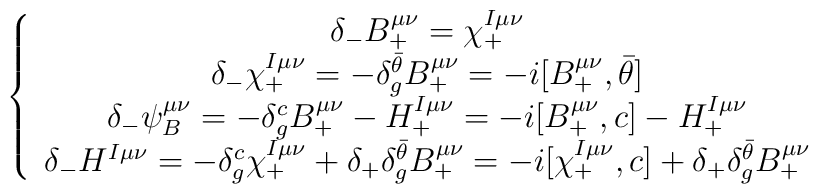
\left\{\begin{array}{c}\delta_-B_+^{\mu\nu}=\chi^{I\mu\nu}_+\\\delta_-\chi^{I\mu\nu}_+=-\delta^{\bar{\theta}}_gB_+^{\mu\nu}=-i[B^{\mu\nu}_+,{\bar{\theta}}]\\\delta_-\psi_B^{\mu\nu}=-\delta^c_gB_+^{\mu\nu}-H^{I\mu\nu}_+=-i[B^{\mu\nu}_+,c]-H^{I\mu\nu}_+\\\delta_-H^{I\mu\nu}=-\delta^c_g\chi^{I\mu\nu}_++\delta_+\delta^{\bar{\theta}}_gB_+^{\mu\nu}=-i[\chi^{I\mu\nu}_+,c]+\delta_+\delta^{\bar{\theta}}_gB_+^{\mu\nu}\end{array}\right.